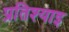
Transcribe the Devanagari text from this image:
प्रतिश्याइ